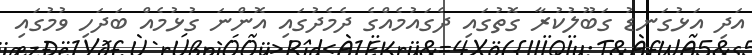
އަދި އަޅުގަނޑު ގަބޫލުކުރާ ގޮތުގައި ދެގައުމެއްގެ ދެމެދުގައި އޮންނަ ގުޅުމެއް ބަދަހި ވުމުގައި